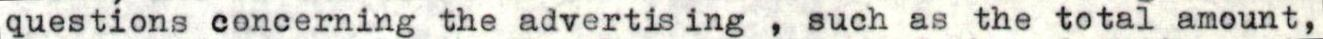
questions concerning the advertis ing , such as the total amount,